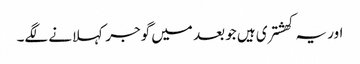
اور یہ کھشتری ہیں جو بعد میں گوجر کہلانے لگے۔